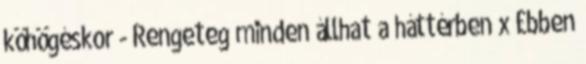
köhögéskor - Rengeteg minden állhat a háttérben x Ebben